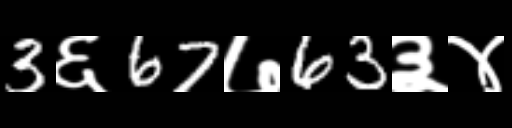
Text: 3६67७63३४